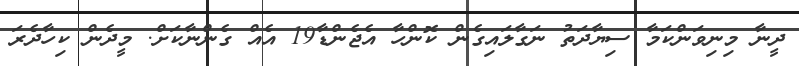
ދީނާ މިނިވަންކަމާ ސިޔާދަތު ނަގާލައިގެން ކޮންހާ އެޖެންޑާ19 އެއް ގެންނާކަށް. މީދެން ކިހާދެރަ